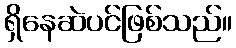
ရှိနေဆဲပင်ဖြစ်သည်။